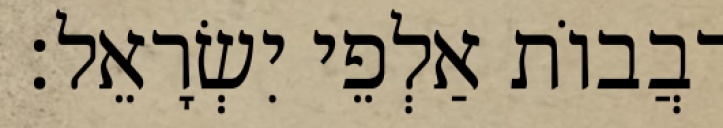
רִבֲבוֹת אַלְפֵי יִשְׂרָאֵל׃